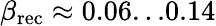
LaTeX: \beta_{\mathrm{rec}}\approx 0.06...0.14